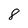
Character: 8